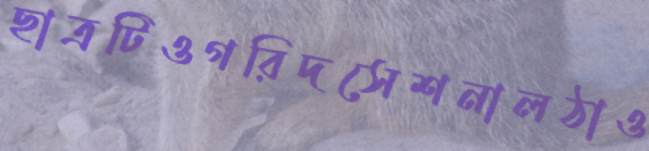
ছাত্রটিওগরিদসেশনালঠাও